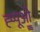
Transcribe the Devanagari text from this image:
ह्प्पूओ॒॒॒॑